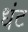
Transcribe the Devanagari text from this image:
धंट